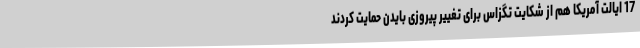
17 ایالت آمریکا هم از شکایت تگزاس برای تغییر پیروزی بایدن حمایت کردند